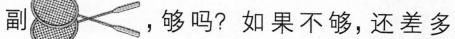
副 ，够吗?如果不够，还差多